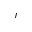
r